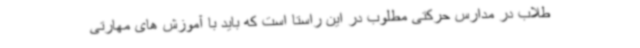
طلاب در مدارس حرکتی مطلوب در این راستا است که باید با آموزش های مهارتی